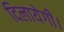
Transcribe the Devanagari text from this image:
दिलायेगी।